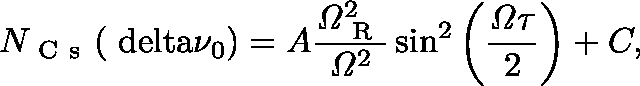
N _ { \mathrm { ~ C ~ s ~ } } ( \mathrm { \ d e l t a } \nu _ { 0 } ) = A \frac { \mathit { \Omega } _ { \mathrm { ~ R ~ } } ^ { 2 } } { \mathit { \Omega } ^ { 2 } } \sin ^ { 2 } \left( \frac { \mathit { \Omega } \mathit { \tau } } { 2 } \right) + C ,